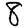
Digit: 8